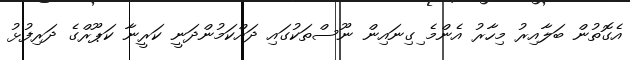
އެގޮތުން ބަލާއިރު މިހާރު އެންމެ ިގިނައިން ނޫސްތަކުގައި ދައްކަމުންދަނީ ކަރީނާ ކަޕޫރްގެ ދަރިފުޅު